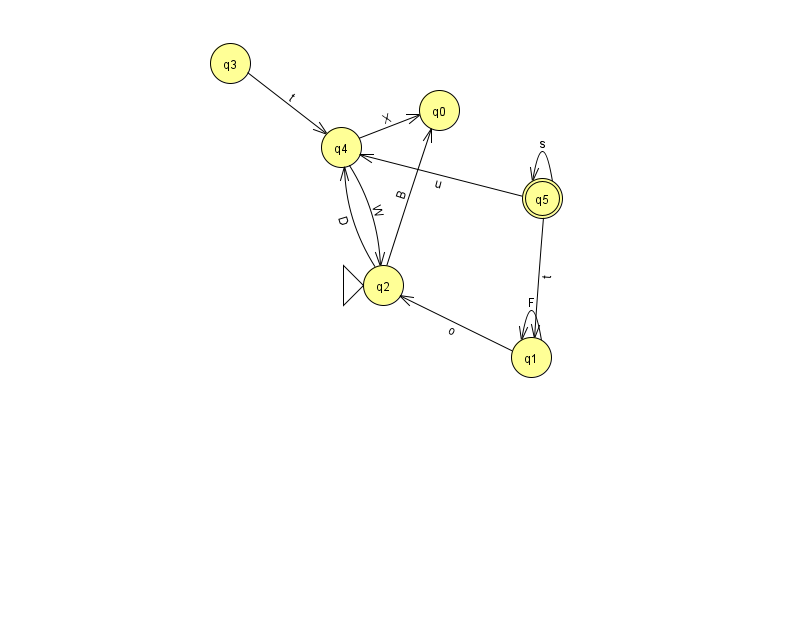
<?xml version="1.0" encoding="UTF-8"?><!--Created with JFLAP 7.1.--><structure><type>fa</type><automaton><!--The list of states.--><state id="0" name="q0"><x>439.0</x><y>97.0</y></state><state id="1" name="q1"><x>531.0</x><y>344.0</y></state><state id="2" name="q2"><x>383.0</x><y>272.0</y><initial/></state><state id="3" name="q3"><x>230.0</x><y>50.0</y></state><state id="4" name="q4"><x>341.0</x><y>134.0</y></state><state id="5" name="q5"><x>542.0</x><y>185.0</y><final/></state><!--The list of transitions.--><transition><from>4</from><to>2</to><read>W</read></transition><transition><from>2</from><to>4</to><read>D</read></transition><transition><from>5</from><to>5</to><read>s</read></transition><transition><from>1</from><to>1</to><read>F</read></transition><transition><from>2</from><to>0</to><read>B</read></transition><transition><from>5</from><to>1</to><read>t</read></transition><transition><from>4</from><to>0</to><read>X</read></transition><transition><from>3</from><to>4</to><read>t</read></transition><transition><from>1</from><to>2</to><read>o</read></transition><transition><from>5</from><to>4</to><read>u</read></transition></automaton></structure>